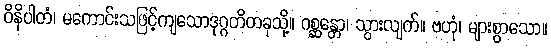
ဝိနိပါတံ၊ မကောင်းသဖြင့်ကျသောဒုဂ္ဂတိတခုသို့။ ဂစ္ဆန္တော၊ သွားလျက်။ ဗဟုံ၊ များစွာသော။